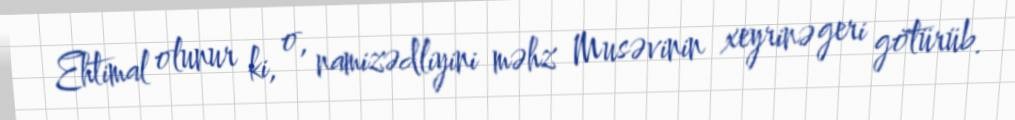
Ehtimal olunur ki, o, namizədliyini məhz Musəvinin xeyrinə geri götürüb.